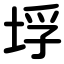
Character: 垺